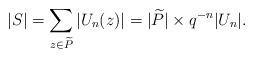
LaTeX: \begin{align*}|S|= \sum_{z \in \widetilde{P}} |U_n(z)|= |\widetilde{P}| \times q^{-n}|U_n|.\end{align*}